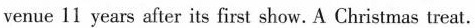
venue 11 years after its first show.A Christmas treat.